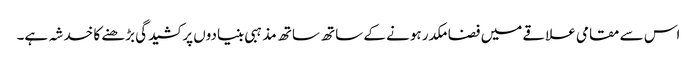
اس سے مقامی علاقے میں فضا مکدر ہونے کے ساتھ ساتھ مذہبی بنیادوں پر کشیدگی بڑھنے کا خدشہ ہے۔